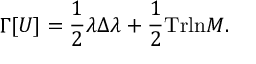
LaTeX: \Gamma [ U ] = \frac { 1 } { 2 } \lambda \Delta \lambda + \frac { 1 } { 2 } \mathrm { T r } \mathrm { l n } { \cal M } .